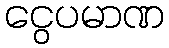
ငွေပမာဏ